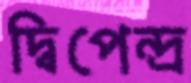
দ্বিপেন্দ্র